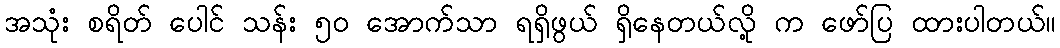
အသုံး စရိတ် ပေါင် သန်း ၅၀ အောက်သာ ရရှိဖွယ် ရှိနေတယ်လို့ က ဖော်ပြ ထားပါတယ်။